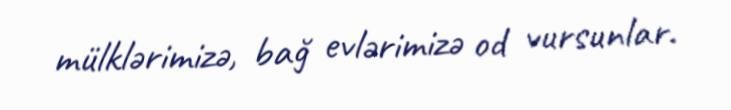
mülklərimizə, bağ evlərimizə od vursunlar.